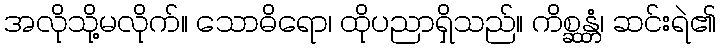
အလိုသို့မလိုက်။ သောဓိရော၊ ထိုပညာရှိသည်။ ကိစ္ဆန္တံ၊ ဆင်းရဲ၏